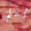
أعلم